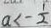
a < - \frac { 1 } { 2 }